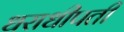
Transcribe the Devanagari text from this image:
धराधीपती